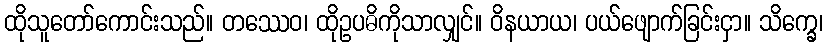
ထိုသူတော်ကောင်းသည်။ တဿေဝ၊ ထိုဥပဓိကိုသာလျှင်။ ဝိနယာယ၊ ပယ်ဖျောက်ခြင်းငှာ။ သိက္ခေ၊